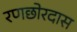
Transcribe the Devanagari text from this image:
रणछोरदास